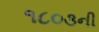
૧૮૦૩ની